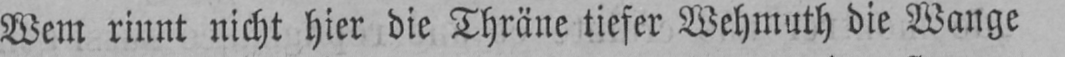
Wem rinnt nicht hier die Thräne tiefer Wehmuth die Wange